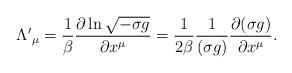
LaTeX: \begin{align*}{\Lambda'}_\mu = \frac{1}{\beta} \frac{\partial\ln\sqrt{-\sigma g}}{\partial x^\mu} =\frac{1}{2\beta} \frac{1}{(\sigma g)}\frac{\partial {(\sigma g)}}{\partial x^\mu}.\end{align*}